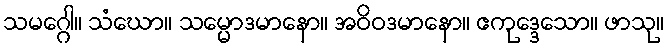
သမဂ္ဂေါ။ သံဃော။ သမ္မောဒမာနော။ အဝိဝဒမာနော။ ဧကုဒ္ဒေသော။ ဖာသု။